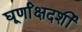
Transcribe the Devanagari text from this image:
घूर्णांक्षदर्शी